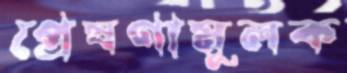
প্রেষণামূলক